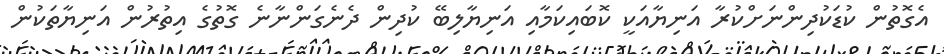
އެގޮތުން ކުޑަކުދިންނަށްކުރާ އަނިޔާއަކީ ކޮބައިކަމާއި އަނިޔާލިބޭ ކުދިން ދެނެގަންނާނެ ގޮތުގެ އިތުރުން އަނިޔާތަކުން